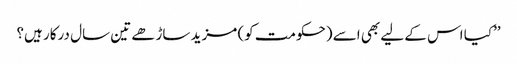
’’کیا اس کے لیے بھی اسے (حکومت کو) مزید ساڑھے تین سال درکار ہیں؟